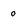
Character: 0